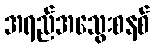
အရည်အသွေးစနစ်